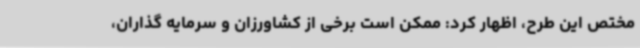
مختص این طرح، اظهار کرد: ممکن است برخی از کشاورزان و سرمایه گذاران،